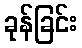
ခုန်ခြင်း